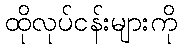
ထိုလုပ်ငန်းများကို